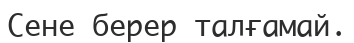
Сене берер талғамай.